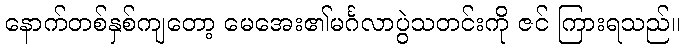
နောက်တစ်နှစ်ကျတော့ မေအေး၏မင်္ဂလာပွဲသတင်းကို ဇင် ကြားရသည်။